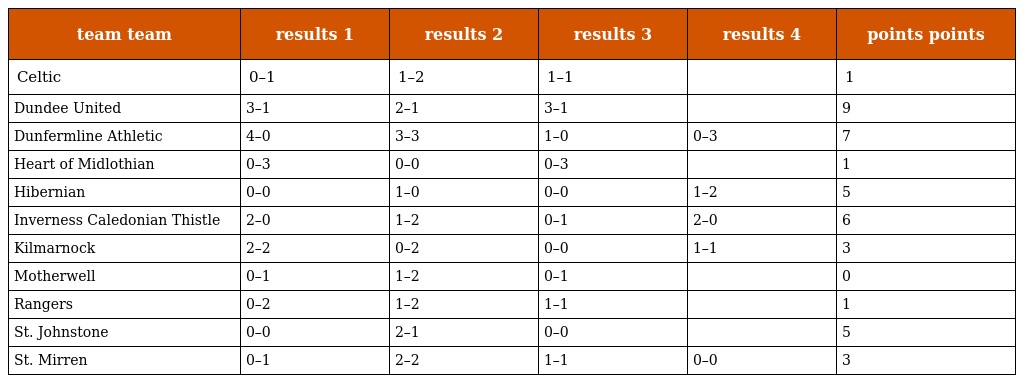
| team team | results 1 | results 2 | results 3 | results 4 | points points |
 | --- | --- | --- | --- | --- | --- |
 | Celtic | 0–1 | 1–2 | 1–1 |  | 1 |
 | Dundee United | 3–1 | 2–1 | 3–1 |  | 9 |
 | Dunfermline Athletic | 4–0 | 3–3 | 1–0 | 0–3 | 7 |
 | Heart of Midlothian | 0–3 | 0–0 | 0–3 |  | 1 |
 | Hibernian | 0–0 | 1–0 | 0–0 | 1–2 | 5 |
 | Inverness Caledonian Thistle | 2–0 | 1–2 | 0–1 | 2–0 | 6 |
 | Kilmarnock | 2–2 | 0–2 | 0–0 | 1–1 | 3 |
 | Motherwell | 0–1 | 1–2 | 0–1 |  | 0 |
 | Rangers | 0–2 | 1–2 | 1–1 |  | 1 |
 | St. Johnstone | 0–0 | 2–1 | 0–0 |  | 5 |
 | St. Mirren | 0–1 | 2–2 | 1–1 | 0–0 | 3 |